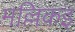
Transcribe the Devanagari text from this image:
मल्लिकइ